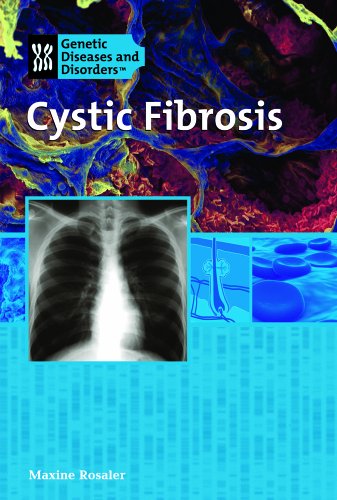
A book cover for Cystic Fibrosis (Genetic & Developmental Diseases & Disorders); Maxine Rosaler; Health, Fitness & Dieting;